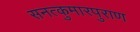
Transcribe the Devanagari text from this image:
सनत्कुमारपुराण